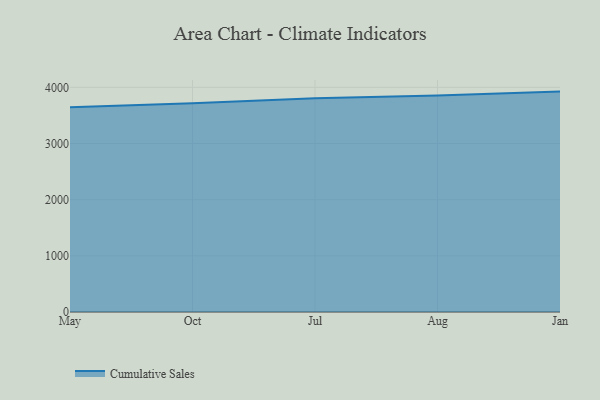
{"axis": {"x": "Month", "y": "Temperature (°C)"}, "legend": ["Cumulative Sales"], "data": [{"x": "May", "y": 3645.8, "type": "Cumulative Sales"}, {"x": "Oct", "y": 3717.4, "type": "Cumulative Sales"}, {"x": "Jul", "y": 3806.1, "type": "Cumulative Sales"}, {"x": "Aug", "y": 3856.1, "type": "Cumulative Sales"}, {"x": "Jan", "y": 3924.4, "type": "Cumulative Sales"}]}